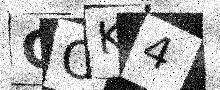
Text: COK4